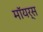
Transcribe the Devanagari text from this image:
मॉयर्स